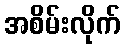
အစိမ်းလိုက်